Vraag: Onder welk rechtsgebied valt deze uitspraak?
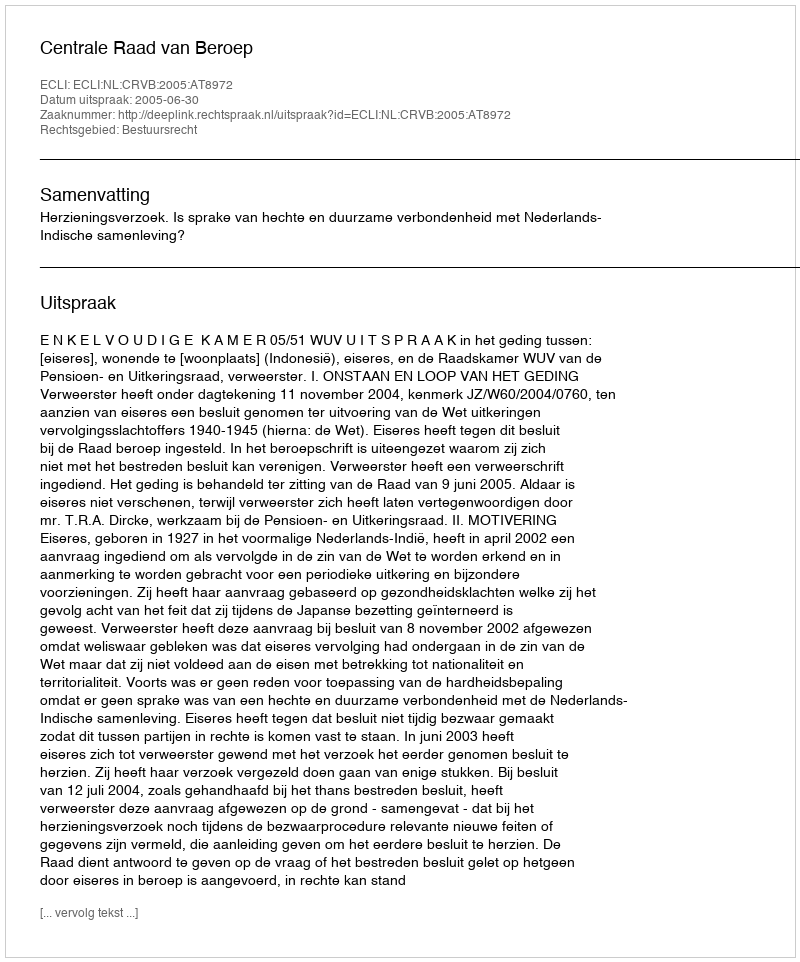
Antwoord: Bestuursrecht